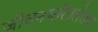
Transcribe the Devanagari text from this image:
जीवनचरितलेखक